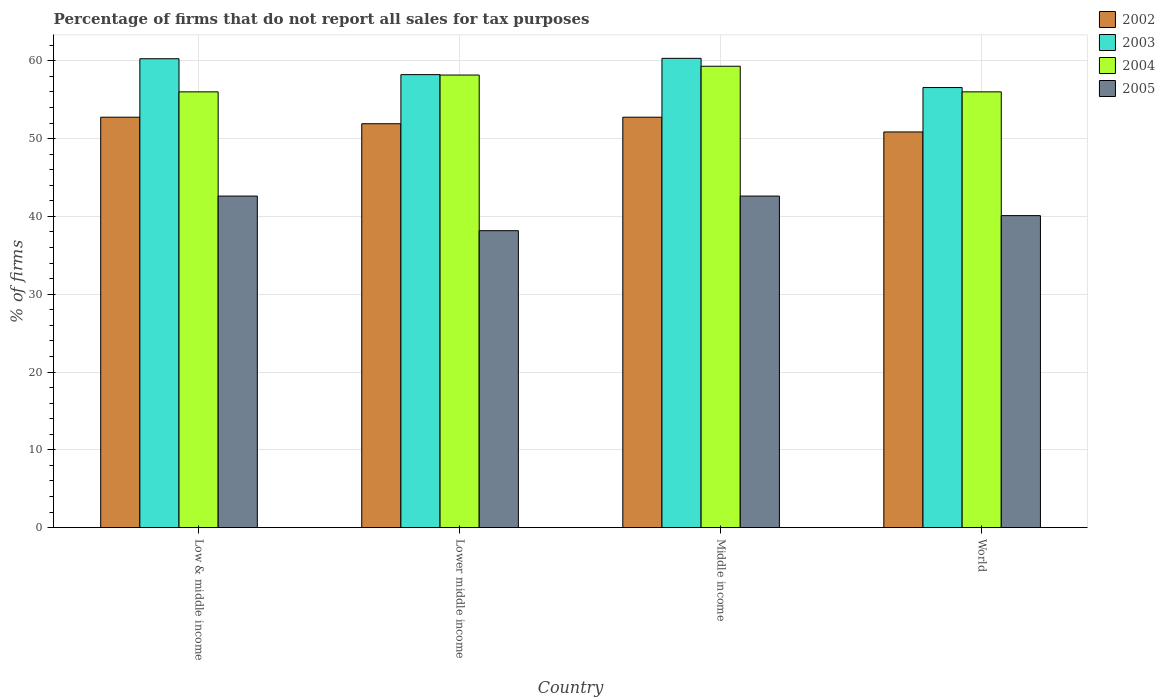
| Country | 2002 | 2003 | 2004 | 2005 |
 | --- | --- | --- | --- | --- |
 | Low & middle income | 52.7 | 60.3 | 56 | 42.6 |
 | Lower middle income | 51.9 | 58.2 | 58.2 | 38.2 |
 | Middle income | 52.7 | 60.3 | 59.3 | 42.6 |
 | World | 50.9 | 56.6 | 56 | 40.1 |